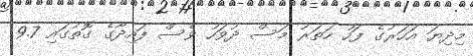
މިދިޔަ އަހަރުގެ ފަހު ހަތަރު މަސް ދުވަހު ވެސް ފައިދާގެ ގޮތުގައި 9.7